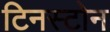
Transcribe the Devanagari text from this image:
टिनस्टोन